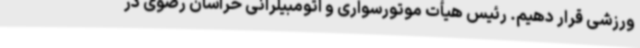
ورزشی قرار دهیم. رئیس هیأت موتورسواری و اتومبیلرانی خراسان رضوی در